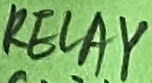
Text: RELAY